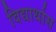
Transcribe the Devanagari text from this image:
विद्यार्थास